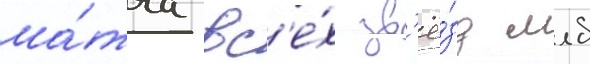
ма́тча вс'е́х зв'ё́зд млб